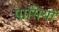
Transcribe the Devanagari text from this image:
पासियों